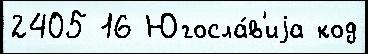
2405 16 Югосла́в'иjа код